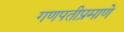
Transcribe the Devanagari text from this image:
गणपतीप्रमाणे